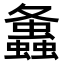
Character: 𧔔